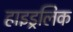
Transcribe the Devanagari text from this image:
हाइड्रलिक